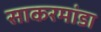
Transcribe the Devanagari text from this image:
साकरमांडा